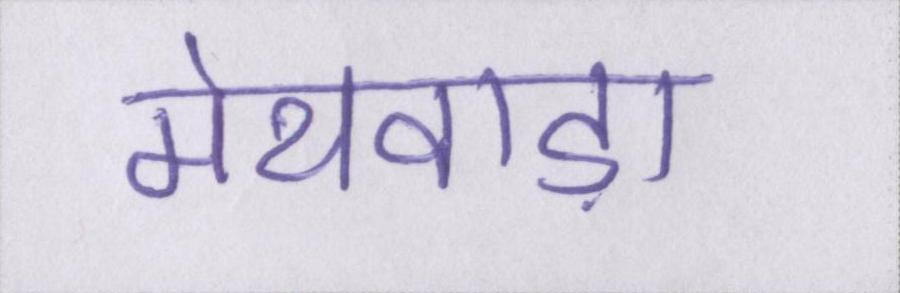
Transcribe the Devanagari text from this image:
मेथवाड़ा